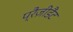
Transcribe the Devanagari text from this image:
प्रैज़ीडैंट